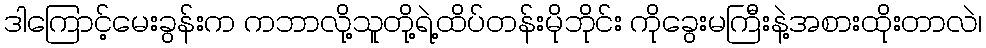
ဒါကြောင့်မေးခွန်းက ကဘာလို့သူတို့ရဲ့ထိပ်တန်းမိုဘိုင်း ကိုခွေးမကြီးနဲ့အစားထိုးတာလဲ၊